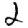
Digit: 2